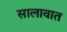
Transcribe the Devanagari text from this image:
सालावात